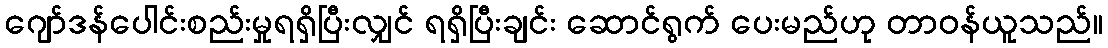
ဂျော်ဒန်ပေါင်းစည်းမှုရရှိပြီးလျှင် ရရှိပြီးချင်း ဆောင်ရွက် ပေးမည်ဟု တာဝန်ယူသည်။